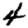
Digit: 4